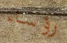
رؤساء